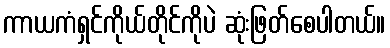
ကာယကံရှင်ကိုယ်တိုင်ကိုပဲ ဆုံးဖြတ်စေပါတယ်။